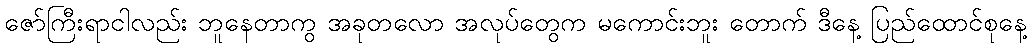
ဇော်ကြီးရာငါလည်း ဘူနေတာကွ အခုတလော အလုပ်တွေက မကောင်းဘူး တောက် ဒီနေ့ ပြည်ထောင်စုနေ့